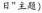
日”主题）